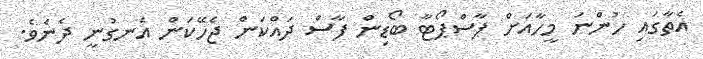
އެތާގައި ހުންނަ މީހާއަށް ޕާސްޕޯޓާ ބޯޑިން ފާސް ދައްކަން ޖެހޭކަން އެނގުނީ ދެނެވެ.